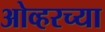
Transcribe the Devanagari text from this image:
ओव्हरच्या